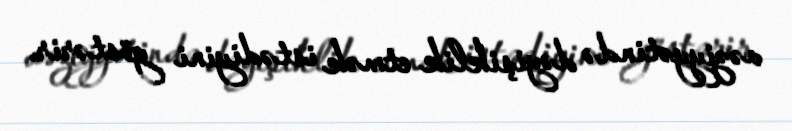
vəziyyətində dəyişiklik etmək istədiyini göstərir.